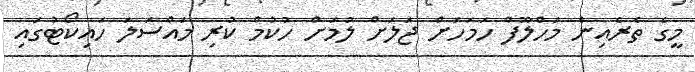
މީގެ ތެރެއިން މަހްލޫފް ހަމަހަށް ޖަލަށް ލުމަށް ހުކުމް ކުރި މައްސަލަ ހައިކޯޓުގައި